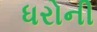
ધરોની